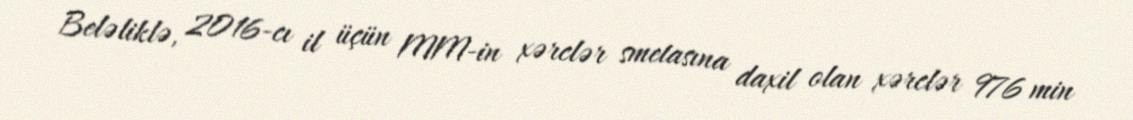
Beləliklə, 2016-cı il üçün MM-in xərclər smetasına daxil olan xərclər 976 min